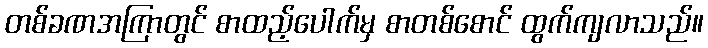
တစ်ခဏအကြာတွင် စာထည့်ပေါက်မှ စာတစ်စောင် ထွက်ကျလာသည်။